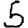
Digit: 5